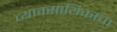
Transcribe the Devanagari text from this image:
व्यावसायिकाचा